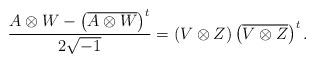
LaTeX: \begin{align*}\frac{A\otimes W-\left(\overline{A\otimes W}\right)^{t}}{2\sqrt{-1}}= \left(V \otimes Z\right)\left(\overline{ V \otimes Z}\right)^{t}.\end{align*}